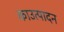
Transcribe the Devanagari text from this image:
काउत्पादन